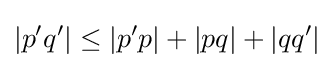
|p'q'|\leq |p'p|+|pq|+|qq'|